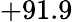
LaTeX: +91.9